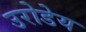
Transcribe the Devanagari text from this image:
उरोडेय